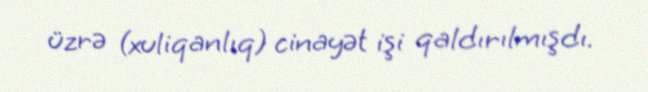
üzrə (xuliqanlıq) cinayət işi qaldırılmışdı.